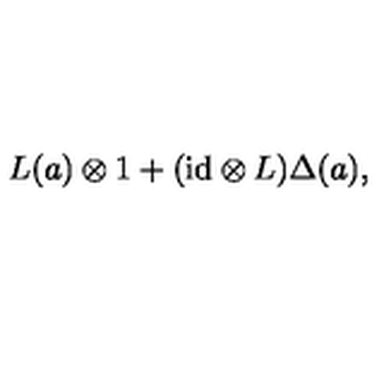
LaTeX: L ( a ) \otimes 1 + ( \mathrm { i d } \otimes L ) \Delta ( a ) ,